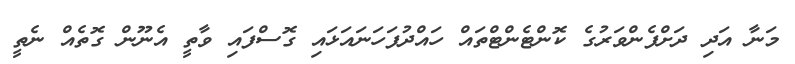
މަނާ އަދި ދަށްފެންވަރުގެ ކޮންޓެންޓްތައް ހައްދުފަހަނައަޅައި ގޮސްފައި ވާތީ އެނޫން ގޮތެއް ނެތީ